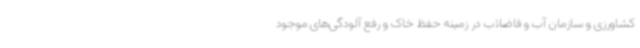
کشاورزی و سازمان آب و فاضلاب در زمینه حفظ خاک و رفع آلودگی‌های موجود